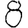
Digit: 8